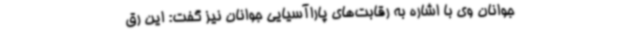
جوانان وی با اشاره به رقابت‌های پاراآسیایی جوانان نیز گفت: این رق